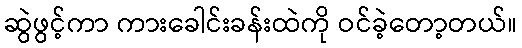
ဆွဲဖွင့်ကာ ကားခေါင်းခန်းထဲကို ဝင်ခဲ့တော့တယ်။